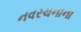
નવરચનાના